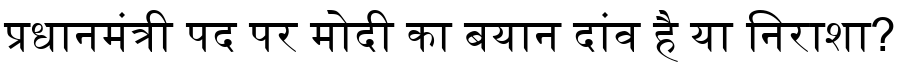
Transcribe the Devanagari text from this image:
प्रधानमंत्री पद पर मोदी का बयान दांव है या निराशा?